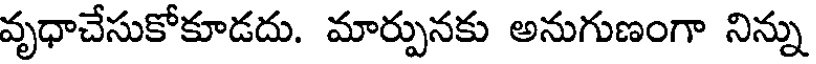
వృధాచేసుకోకూడదు. మార్పునకు అనుగుణంగా నిన్ను